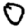
Digit: 0